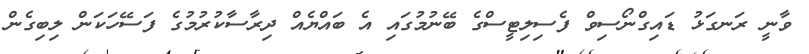
ވާނީ ރަނގަޅު ޑައިގްނޯސިވް ފެސިލިޓީސްގެ ބޭނުމުގައި އެ ބައްޔެއް ދިރާސާކުރުމުގެ ފަސޭހަކަން ލިބިގެން